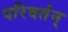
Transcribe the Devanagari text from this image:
परिवर्तन्